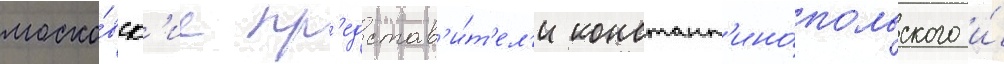
моско́вск'ие пр'едстав'и́т'ел'и констант'ино́польского и́